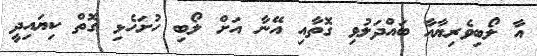
އާ ލޯބިވެރިޔާއާ ބައްދަލުވި ގޮތާއި އޭނާ އަށް ލޯބި ހުށަހެޅި ގޮތް ކިޔައިދީ